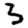
Digit: 3